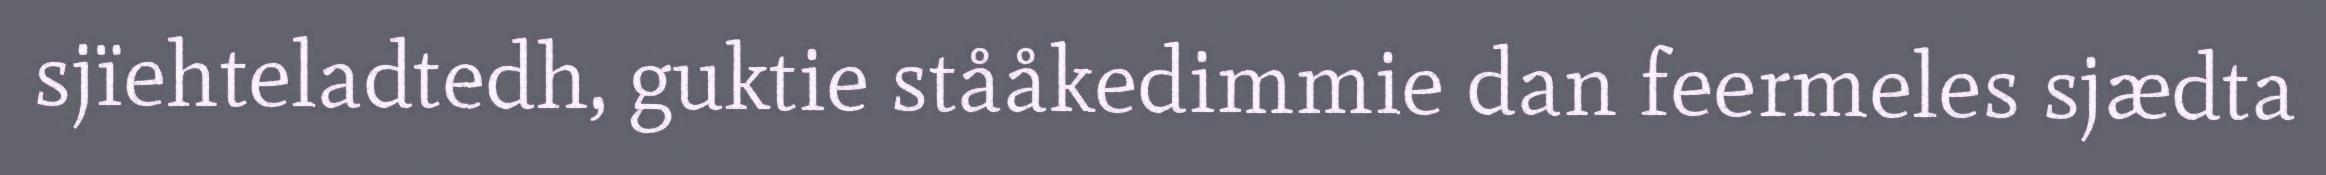
sjïehteladtedh, guktie stååkedimmie dan feermeles sjædta